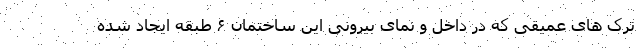
ترک های عمیقی که در داخل و نمای بیرونی این ساختمان ۶ طبقه ایجاد شده